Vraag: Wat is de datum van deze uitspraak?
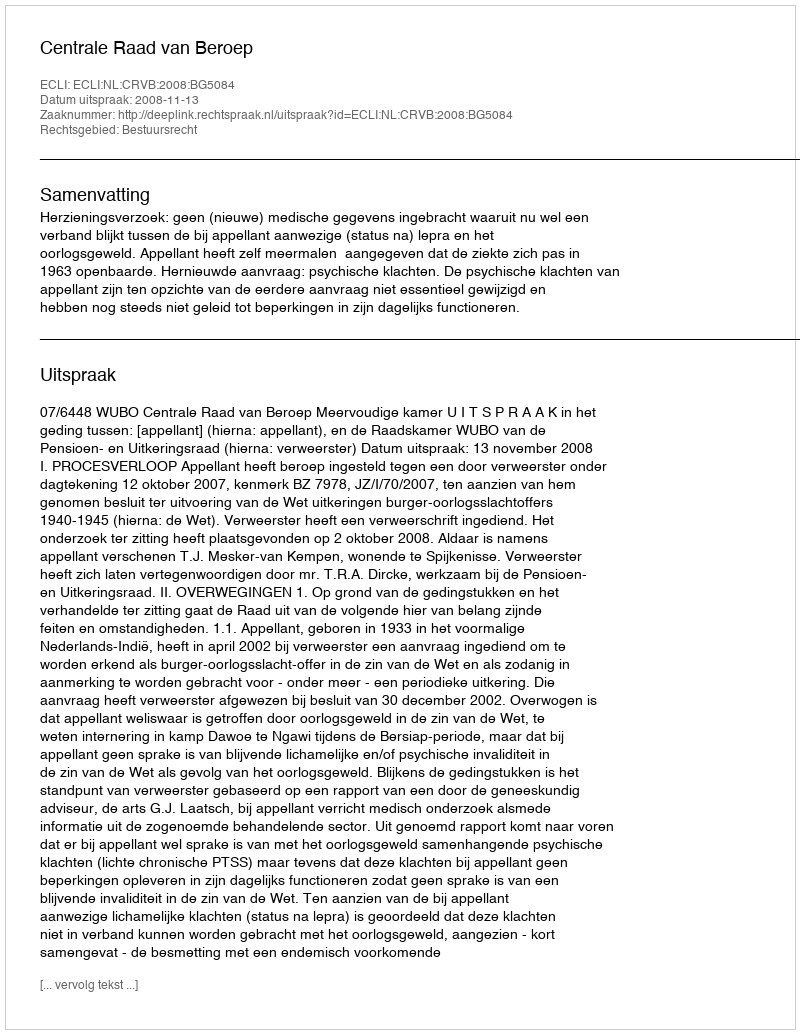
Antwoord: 2008-11-13